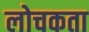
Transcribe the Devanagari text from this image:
लोचकता